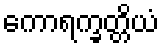
ကောရက္ခတ္တိယံ